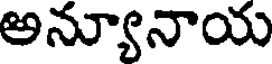
అన్యూనాయ